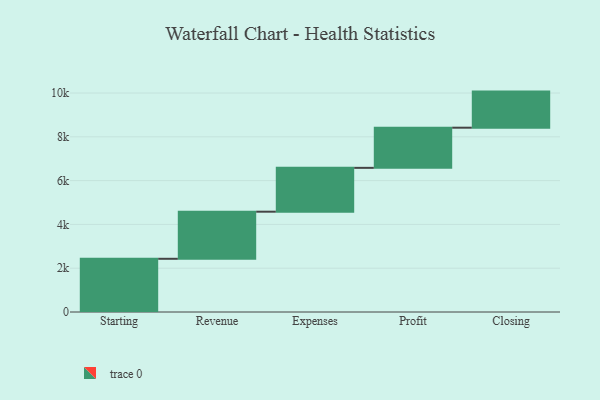
{"axis": {"x": "Step", "y": "Value"}, "legend": [""], "data": [{"x": "Starting", "y": 2430.0, "type": ""}, {"x": "Revenue", "y": 2151.0, "type": ""}, {"x": "Expenses", "y": 2002.0, "type": ""}, {"x": "Profit", "y": 1834.0, "type": ""}, {"x": "Closing", "y": 1648.0, "type": ""}]}